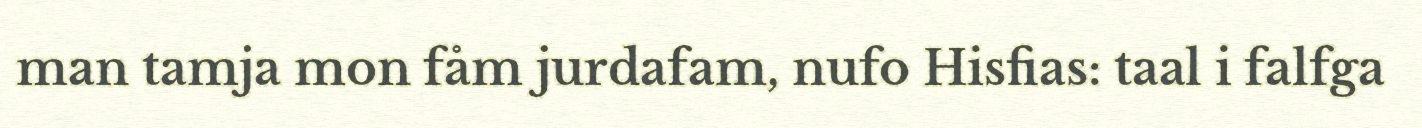
man tamja mon fåm jurdafam, nufo Hisfias: taal i falfga